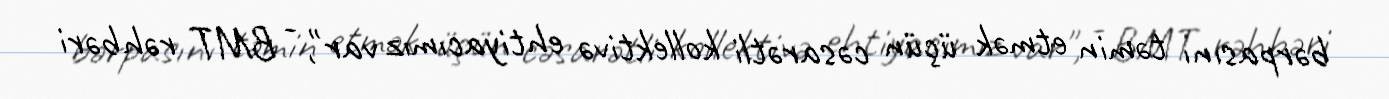
bərpasını təmin etmək üçün cəsarətli kollektivə ehtiyacımız var", - BMT rəhbəri